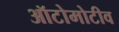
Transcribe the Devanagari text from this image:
ऑटोमोटीव